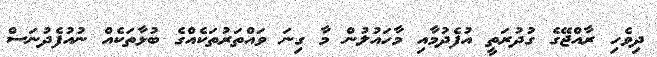
ދިވެހި ރާއްޖޭގެ ގުދުރަތީ އުފެދުމާއި މާހައުލުން މާ ގިނަ ވައްތަރުތަކެއްގެ ބުޅާތަކެއް ނުއުފެދުނަސް